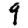
Digit: 9